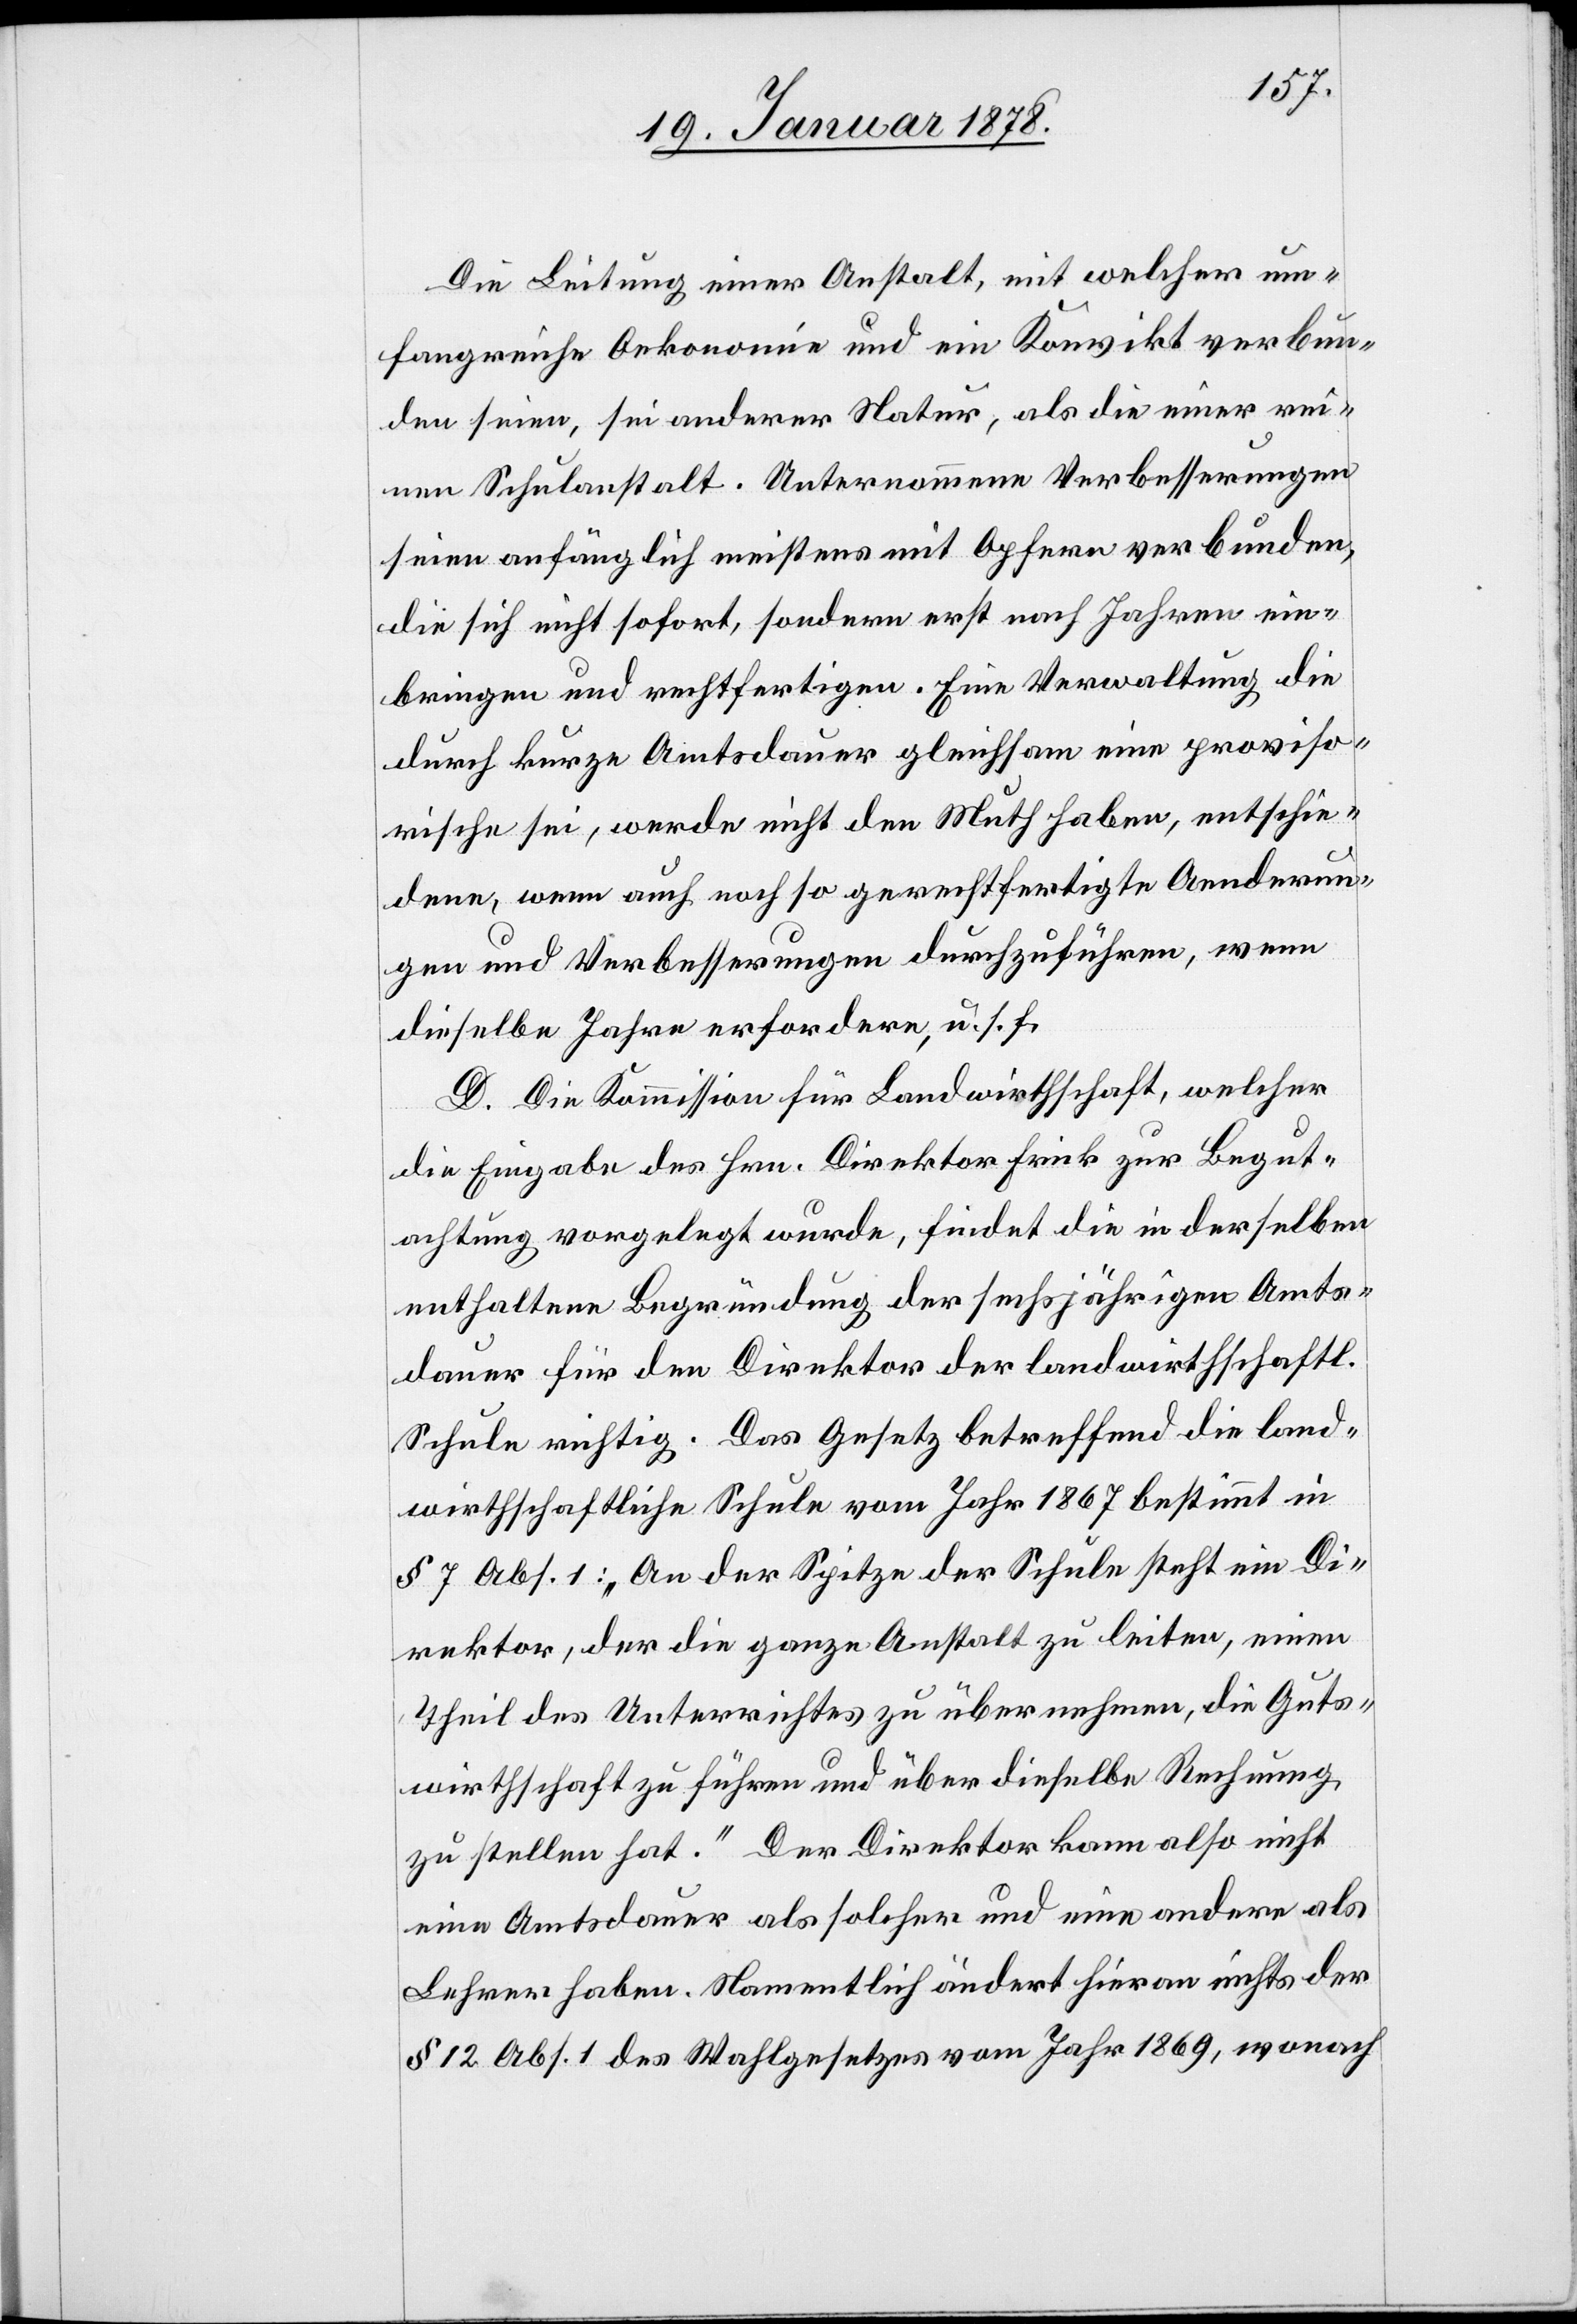
Die Leitung einer Anstalt, mit welcher um¬
fangreiche Oekonomie und ein Konvikt verbun¬
den seien, sei anderer Natur, als die einer rei¬
nen Schulanstalt. Unternommene Verbesserungen
seien anfänglich meistens mit Opfern verbunden,
die sich nicht sofort, sondern erst nach Jahren ein¬
bringen und rechtfertigen. Eine Verwaltung die
durch kurze Amtsdauer gleichsam eine proviso¬
rische sei, werde nicht den Muth haben, entschie¬
dene, wenn auch noch so gerechtfertige Aenderun¬
gen und Verbesserungen durchzuführen, wenn
dieselben Jahre erfordern, u. s. f.
D. Die Kommission für Landwirthschaft, welcher
die Eingabe des Hrn. Direktor Frick zur Begut¬
achtung vorgelegt wurde, findet die in derselben
enthaltene Begründung der sechsjährigen Amts¬
dauer für den Direktor der landwirthschaftl.
Schule richtig. Das Gesetz betreffend die land¬
wirthschaftliche Schule vom Jahr 1867 bestimmt in
§ 7 Abs. 1: „An der Spitze der Schule steht ein Di¬
rektor, der die ganze Anstalt zu leiten, einen
Theil des Unterrichtes zu übernehmen, die Guts¬
wirthschaft zu führen und über dieselbe Rechnung
zu stellen hat.“ Der Direktor kann also nicht
eine Amtsdauer als solcher und eine andere als
Lehrer haben. Namentlich ändert hieran nichts der
§ 12 Abs. 1 des Wahlgesetzes vom Jahr 1869, wonach